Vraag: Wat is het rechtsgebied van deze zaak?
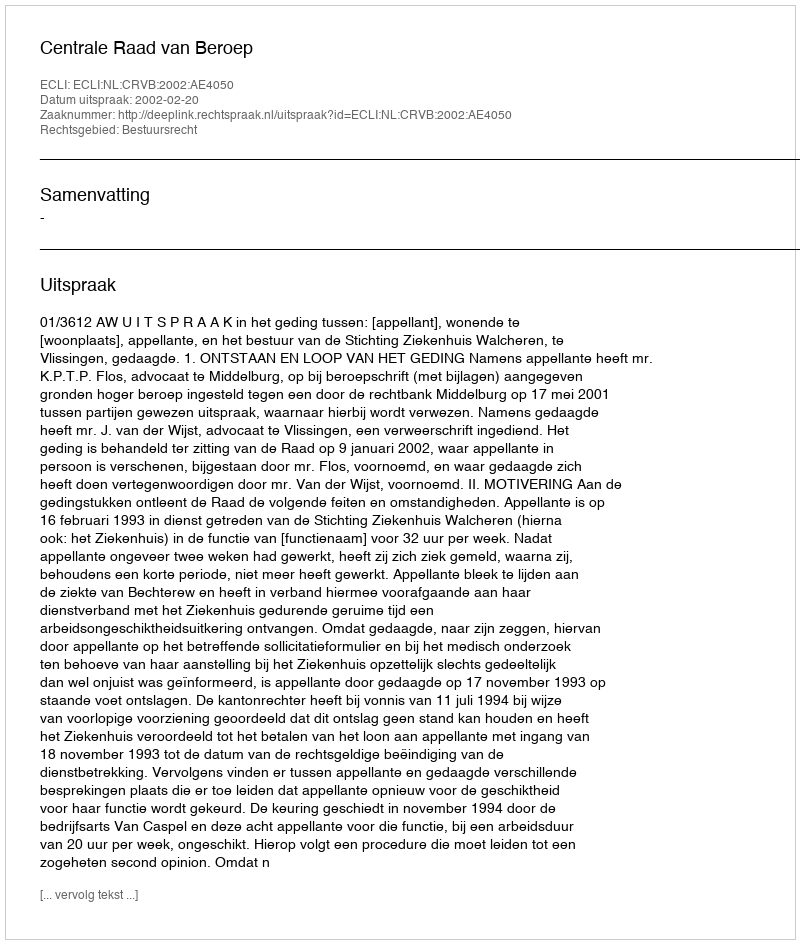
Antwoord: Bestuursrecht